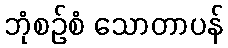
ဘုံစဉ်စံ သောတာပန်